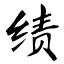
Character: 绩